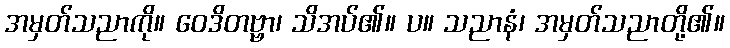
အမှတ်သညာကို။ ဝေဒိတဗ္ဗာ၊ သိအပ်၏။ ပ။ သညာနံ၊ အမှတ်သညာတို့၏။